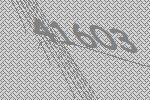
41603